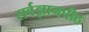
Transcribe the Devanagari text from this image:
सर्वज्ञानपीठ